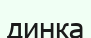
динка